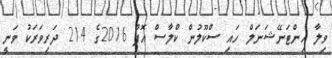
ވިލާ އިންޓަނޭޝަނަލް ހައި ސްކޫލުން ކްލާސް އޮފް 2016ގެ 214 ދަރިވަރަކު ވަނީ